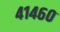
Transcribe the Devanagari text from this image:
४१४६०